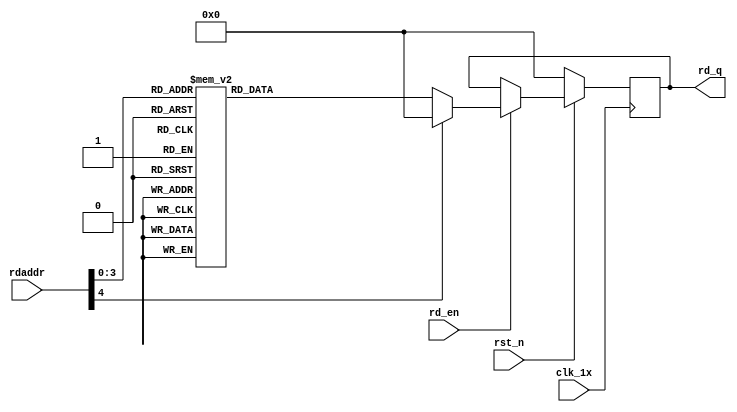

`timescale 1ns / 1ps
module F_normal_t8_next_Rom2(
input	          							clk_1x,
input	          							rst_n,
//////////////////////////////////////////////////////////////
input										rd_en,
input				[4:0]				rdaddr,
output		reg			[127:0]				rd_q
);

always @(posedge clk_1x)begin
	if(~rst_n)begin
		rd_q <= 128'b0;
	end
	else if(rd_en == 1'b1)begin
		case(rdaddr)
			5'h0f: rd_q <= 128'b00110101000110011010011111001000001010111010110110001111111001100010111101111010011110010010001110111110101010010011100000001110;
			5'h0e: rd_q <= 128'b11101001111111101110011000111000110000000001010000010111000010100101100001111010100100010010101011000100001001101000101110001100;
			5'h0d: rd_q <= 128'b10110101010110010111001101011101110011101011001111100110010001101010011101110100101111010011010000110101010011011101111110101101;
			5'h0c: rd_q <= 128'b11000100000100101000010110000010101010000110110111110101111101111001001110111001101011100000011110010100010011110001000100100010;
			5'h0b: rd_q <= 128'b10111101110000000101100001001001111110011111111110010101010111110111011001111001000010001111010110111011100010000100110010110101;
			5'h0a: rd_q <= 128'b00000111101101100011100110011111000011011101000100100010000101101010101111100010111001011110010110011111100110111110011010001101;
			5'h09: rd_q <= 128'b11110001101110011100110100000000010000010000001100011000110101011110110011001111010000010111110011111011010011001111111100010101;
			5'h08: rd_q <= 128'b11100110100001010111100011100010110000010111001001101110111001011011001111101011110011100000000101010010110101101111101000001000;
			5'h07: rd_q <= 128'b11011001110001100111001110101010010001101001110000101110000011111101001110000100100100010000100000010100010111000111100011000001;
			5'h06: rd_q <= 128'b11111010100000101110000001000001011110111101011010000111110111001011101110000110111101100110010010001110101110000101000110001001;
			5'h05: rd_q <= 128'b01001001101100100001110110010000011000111110110110001110110110000000000000101101011111001000001010001010011111100110101110000111;
			5'h04: rd_q <= 128'b10100000110010101101001011110010101110101100101000001111010101001011101011000011001111000101101110001011111000101000111100001001;
			5'h03: rd_q <= 128'b10011101100011101100101010000010011111101001101010101101110010000011010111000101110111011100011001001111110111111101000101100001;
			5'h02: rd_q <= 128'b00011011101110011001000000010000110101101111010100110001001000011110111011110011001010101000010100000100111011100000101000010110;
			5'h01: rd_q <= 128'b00101010011111000110001100111001101010010110001011010100001001101011111000110001010111100010111010101000110001101111111010000010;
			5'h00: rd_q <= 128'b01011100010100010000111001000111110001111110010100101010000000000011010111000111000111011010100011010110101110010001110101101100;
		default:rd_q <= 128'b0;
		endcase
	end
end

endmodule